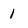
Character: 1